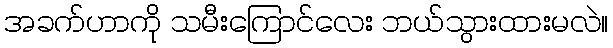
အခက်ဟာကို သမီးကြောင်လေး ဘယ်သွားထားမလဲ။